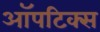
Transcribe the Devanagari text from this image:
ऑपटिक्स